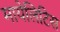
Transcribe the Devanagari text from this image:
मायेलिटिस